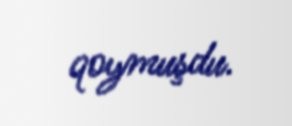
qoymuşdu.